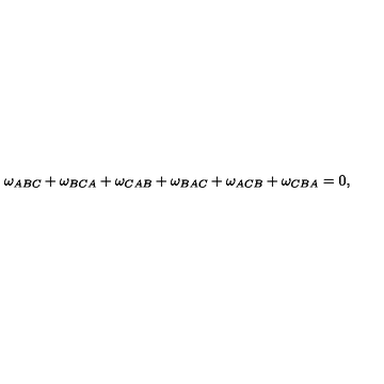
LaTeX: \omega _ { A B C } + \omega _ { B C A } + \omega _ { C A B } + \omega _ { B A C } + \omega _ { A C B } + \omega _ { C B A } = 0 ,